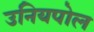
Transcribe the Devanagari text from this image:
उनियपोल